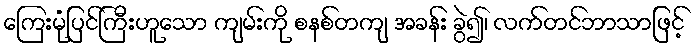
ကြေးမုံပြင်ကြီးဟူသော ကျမ်းကို စနစ်တကျ အခန်း ခွဲ၍၊ လက်တင်ဘာသာဖြင့်